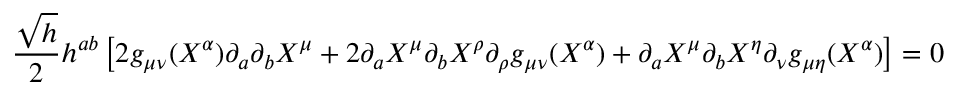
\frac { \sqrt { h } } { 2 } h ^ { a b } \left[ 2 g _ { \mu \nu } ( X ^ { \alpha } ) \partial _ { a } \partial _ { b } X ^ { \mu } + 2 \partial _ { a } X ^ { \mu } \partial _ { b } X ^ { \rho } \partial _ { \rho } g _ { \mu \nu } ( X ^ { \alpha } ) + \partial _ { a } X ^ { \mu } \partial _ { b } X ^ { \eta } \partial _ { \nu } g _ { \mu \eta } ( X ^ { \alpha } ) \right] = 0